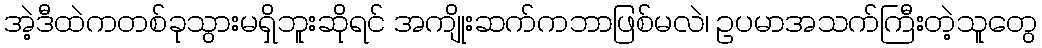
အဲ့ဒီထဲကတစ်ခုသွားမရှိဘူးဆိုရင် အကျိုးဆက်ကဘာဖြစ်မလဲ၊ ဥပမာအသက်ကြီးတဲ့သူတွေ